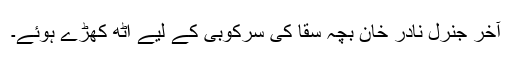
آخر جنرل نادر خان بچہّ سقاّ کی سرکوبی کے لیے اُٹھ کھڑے ہوئے۔